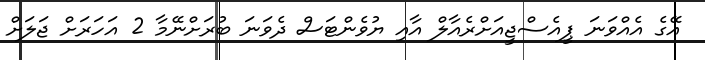
އޭގެ އެއްވަނަ ޕީއެސްޖީއަށްރެއާލް އާއި ޔުވެންޓަސް ދެވަނަ ބުރަށްނޭމާ 2 އަހަރަށް ޖަލަށް